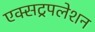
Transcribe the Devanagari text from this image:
एक्सट्रपलेशन